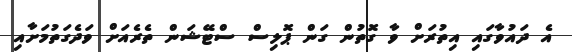
އެ ދައުވާގައި އިތުރަށް ވާ ގޮތުން ގަން ޕޮލިސް ސްޓޭޝަން ތެރެއަށް ވަދެގަތުމަށާއި